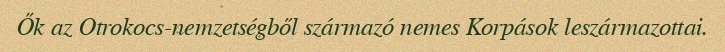
Ők az Otrokocs-nemzetségből származó nemes Korpások leszármazottai.